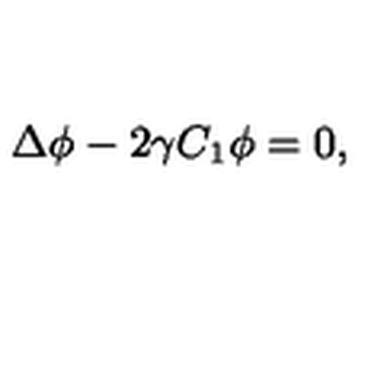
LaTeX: \Delta \phi - 2 \gamma C _ { 1 } \phi = 0 ,